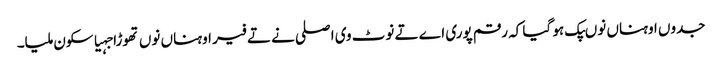
جدوں اوہناں نوںپک ہو گیا کہ رقم پوری اے تے نوٹ وی اصلی نے تے فیر اوہناں نوں تھوڑا جہیا سکون ملیا۔